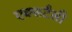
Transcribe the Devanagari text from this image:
एक्सटैसी